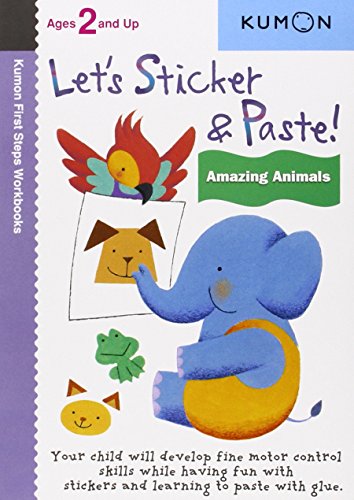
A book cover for Let's Sticker & Paste: Amazing Animals (Kumon First Steps Workbooks); Kumon Publishing; Children's Books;